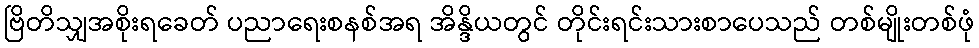
ဗြိတိသျှအစိုးရခေတ် ပညာရေးစနစ်အရ အိန္ဒိယတွင် တိုင်းရင်းသားစာပေသည် တစ်မျိုးတစ်ဖုံ